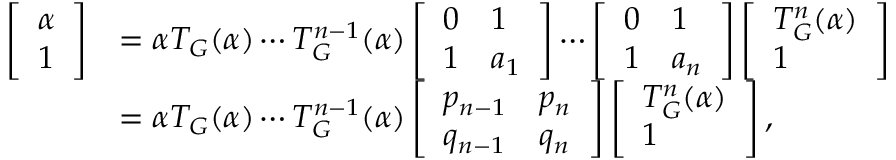
\begin{array} { r l } { \left[ \begin{array} { l } { \alpha } \\ { 1 } \end{array} \right] } & { = \alpha T _ { G } ( \alpha ) \cdots T _ { G } ^ { n - 1 } ( \alpha ) \left[ \begin{array} { l l } { 0 } & { 1 } \\ { 1 } & { a _ { 1 } } \end{array} \right] \cdots \left[ \begin{array} { l l } { 0 } & { 1 } \\ { 1 } & { a _ { n } } \end{array} \right] \left[ \begin{array} { l } { T _ { G } ^ { n } ( \alpha ) } \\ { 1 } \end{array} \right] } \\ & { = \alpha T _ { G } ( \alpha ) \cdots T _ { G } ^ { n - 1 } ( \alpha ) \left[ \begin{array} { l l } { p _ { n - 1 } } & { p _ { n } } \\ { q _ { n - 1 } } & { q _ { n } } \end{array} \right] \left[ \begin{array} { l } { T _ { G } ^ { n } ( \alpha ) } \\ { 1 } \end{array} \right] , } \end{array}